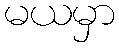
မယမှာ